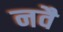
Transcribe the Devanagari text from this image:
नवै